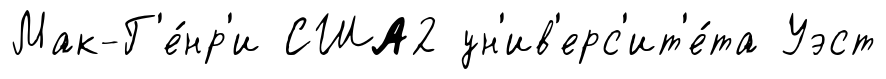
Мак-Г'е́нр'и США2 ун'ив'ерс'ит'е́та Уэст